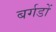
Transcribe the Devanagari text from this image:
बर्गडों